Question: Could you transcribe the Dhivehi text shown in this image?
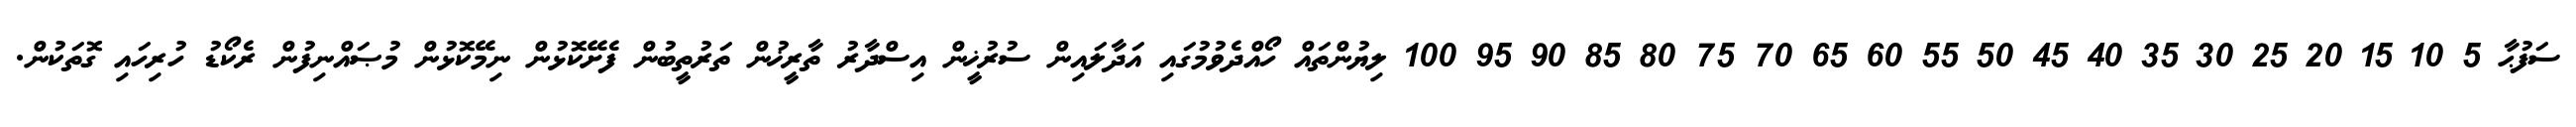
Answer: ސަފުޙާ 5 10 15 20 25 30 35 40 45 50 55 60 65 70 75 80 85 90 95 100 ލިޔުންތައް ހޯއްދެވުމުގައި އަދާލައިން ސުރުޚީން އިސްދާރު ތާރީޚުން ތަރުތީބުން ފެށޭކޮޅުން ނިމޭކޮޅުން މުޞައްނިފުން ރެކޯޑު ހުރިހައި ގޮތަކުން.